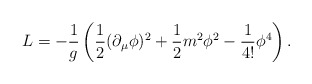
\begin{align*}L=-\frac{1}{g}\left(\frac{1}{2}(\partial _\mu \phi )^2 +\frac12m^2\phi^2-\frac{1}{4!}\phi ^4\right).\end{align*}